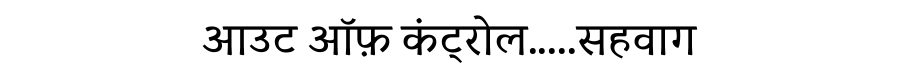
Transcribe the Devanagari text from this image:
आउट ऑफ़ कंट्रोल.....सहवाग